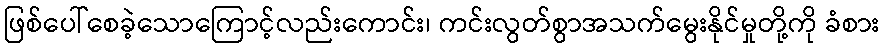
ဖြစ်ပေါ်စေခဲ့သောကြောင့်လည်းကောင်း၊ ကင်းလွတ်စွာအသက်မွေးနိုင်မှုတို့ကို ခံစား